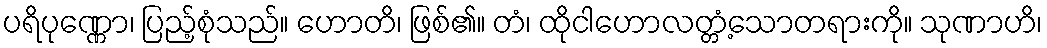
ပရိပုဏ္ဏော၊ ပြည့်စုံသည်။ ဟောတိ၊ ဖြစ်၏။ တံ၊ ထိုငါဟောလတ္တံ့သောတရားကို။ သုဏာဟိ၊